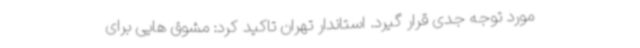
مورد توجه جدی قرار گیرد. استاندار تهران تاکید کرد: مشوق هایی برای